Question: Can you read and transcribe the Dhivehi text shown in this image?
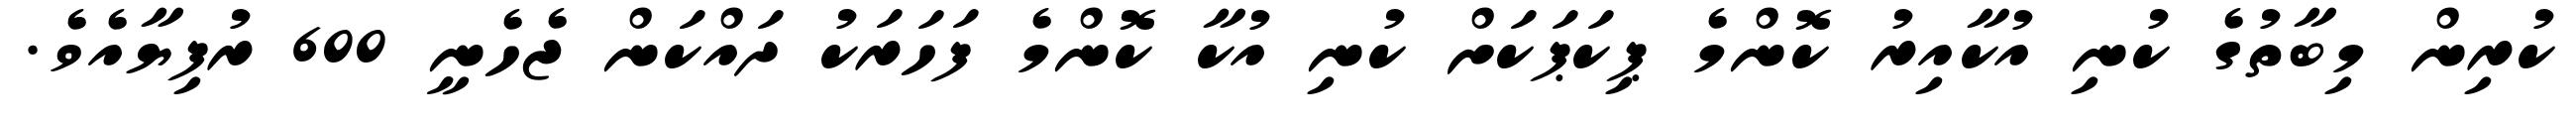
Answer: ކުރިން މިބާތުގެ ކުނި އުކާއިރު ކޮންމެ ޕިކަޕަކަށް ކުނި އުކާ ކޮންމެ ފަހަރަކު ދައްކަން ޖެހެނީ 600 ރުފިޔާއެވެ.